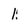
Character: 1